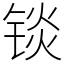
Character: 锬